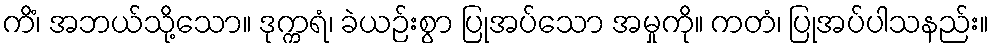
ကိံ၊ အဘယ်သို့သော။ ဒုက္ကရံ၊ ခဲယဉ်းစွာ ပြုအပ်သော အမှုကို။ ကတံ၊ ပြုအပ်ပါသနည်း။